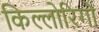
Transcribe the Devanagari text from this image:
किल्लोरिगो